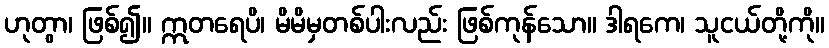
ဟုတွာ၊ ဖြစ်၍။ ဣတရေပိ၊ မိမိမှတစ်ပါးလည်း ဖြစ်ကုန်သော။ ဒါရကေ၊ သူငယ်တို့ကို။